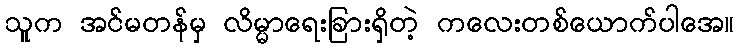
သူက အင်မတန်မှ လိမ္မာရေးခြားရှိတဲ့ ကလေးတစ်ယောက်ပါအေ။